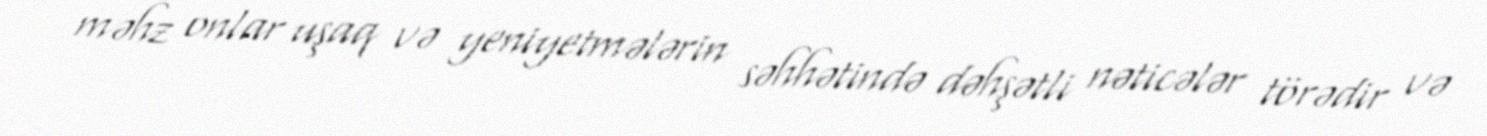
məhz onlar uşaq və yeniyetmələrin səhhətində dəhşətli nəticələr törədir və